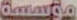
مؤسسة